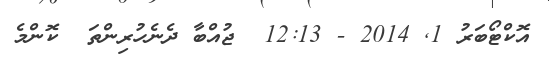
އޮކްޓޯބަރު 1